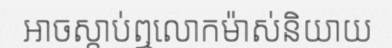
អាចស្តាប់ឮលោកម៉ាស់និយាយ